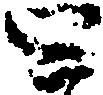
四